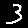
Digit: 3